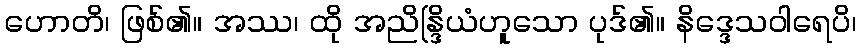
ဟောတိ၊ ဖြစ်၏။ အဿ၊ ထို အညိန္ဒြိယံဟူသော ပုဒ်၏။ နိဒ္ဒေသဝါရေပိ၊